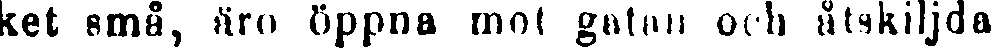
ket små, äro öppna mot gatan och åtskiljda